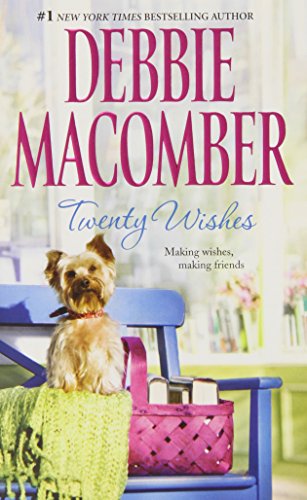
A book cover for Twenty Wishes (Blossom Street); Debbie Macomber; Literature & Fiction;